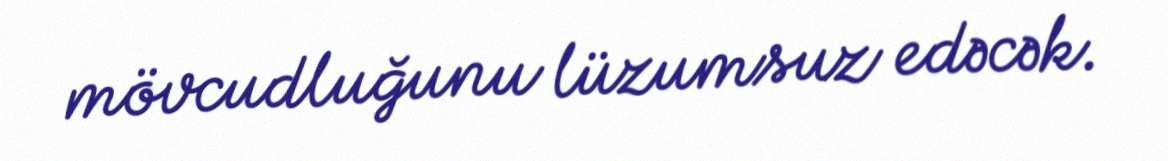
mövcudluğunu lüzumsuz edəcək.